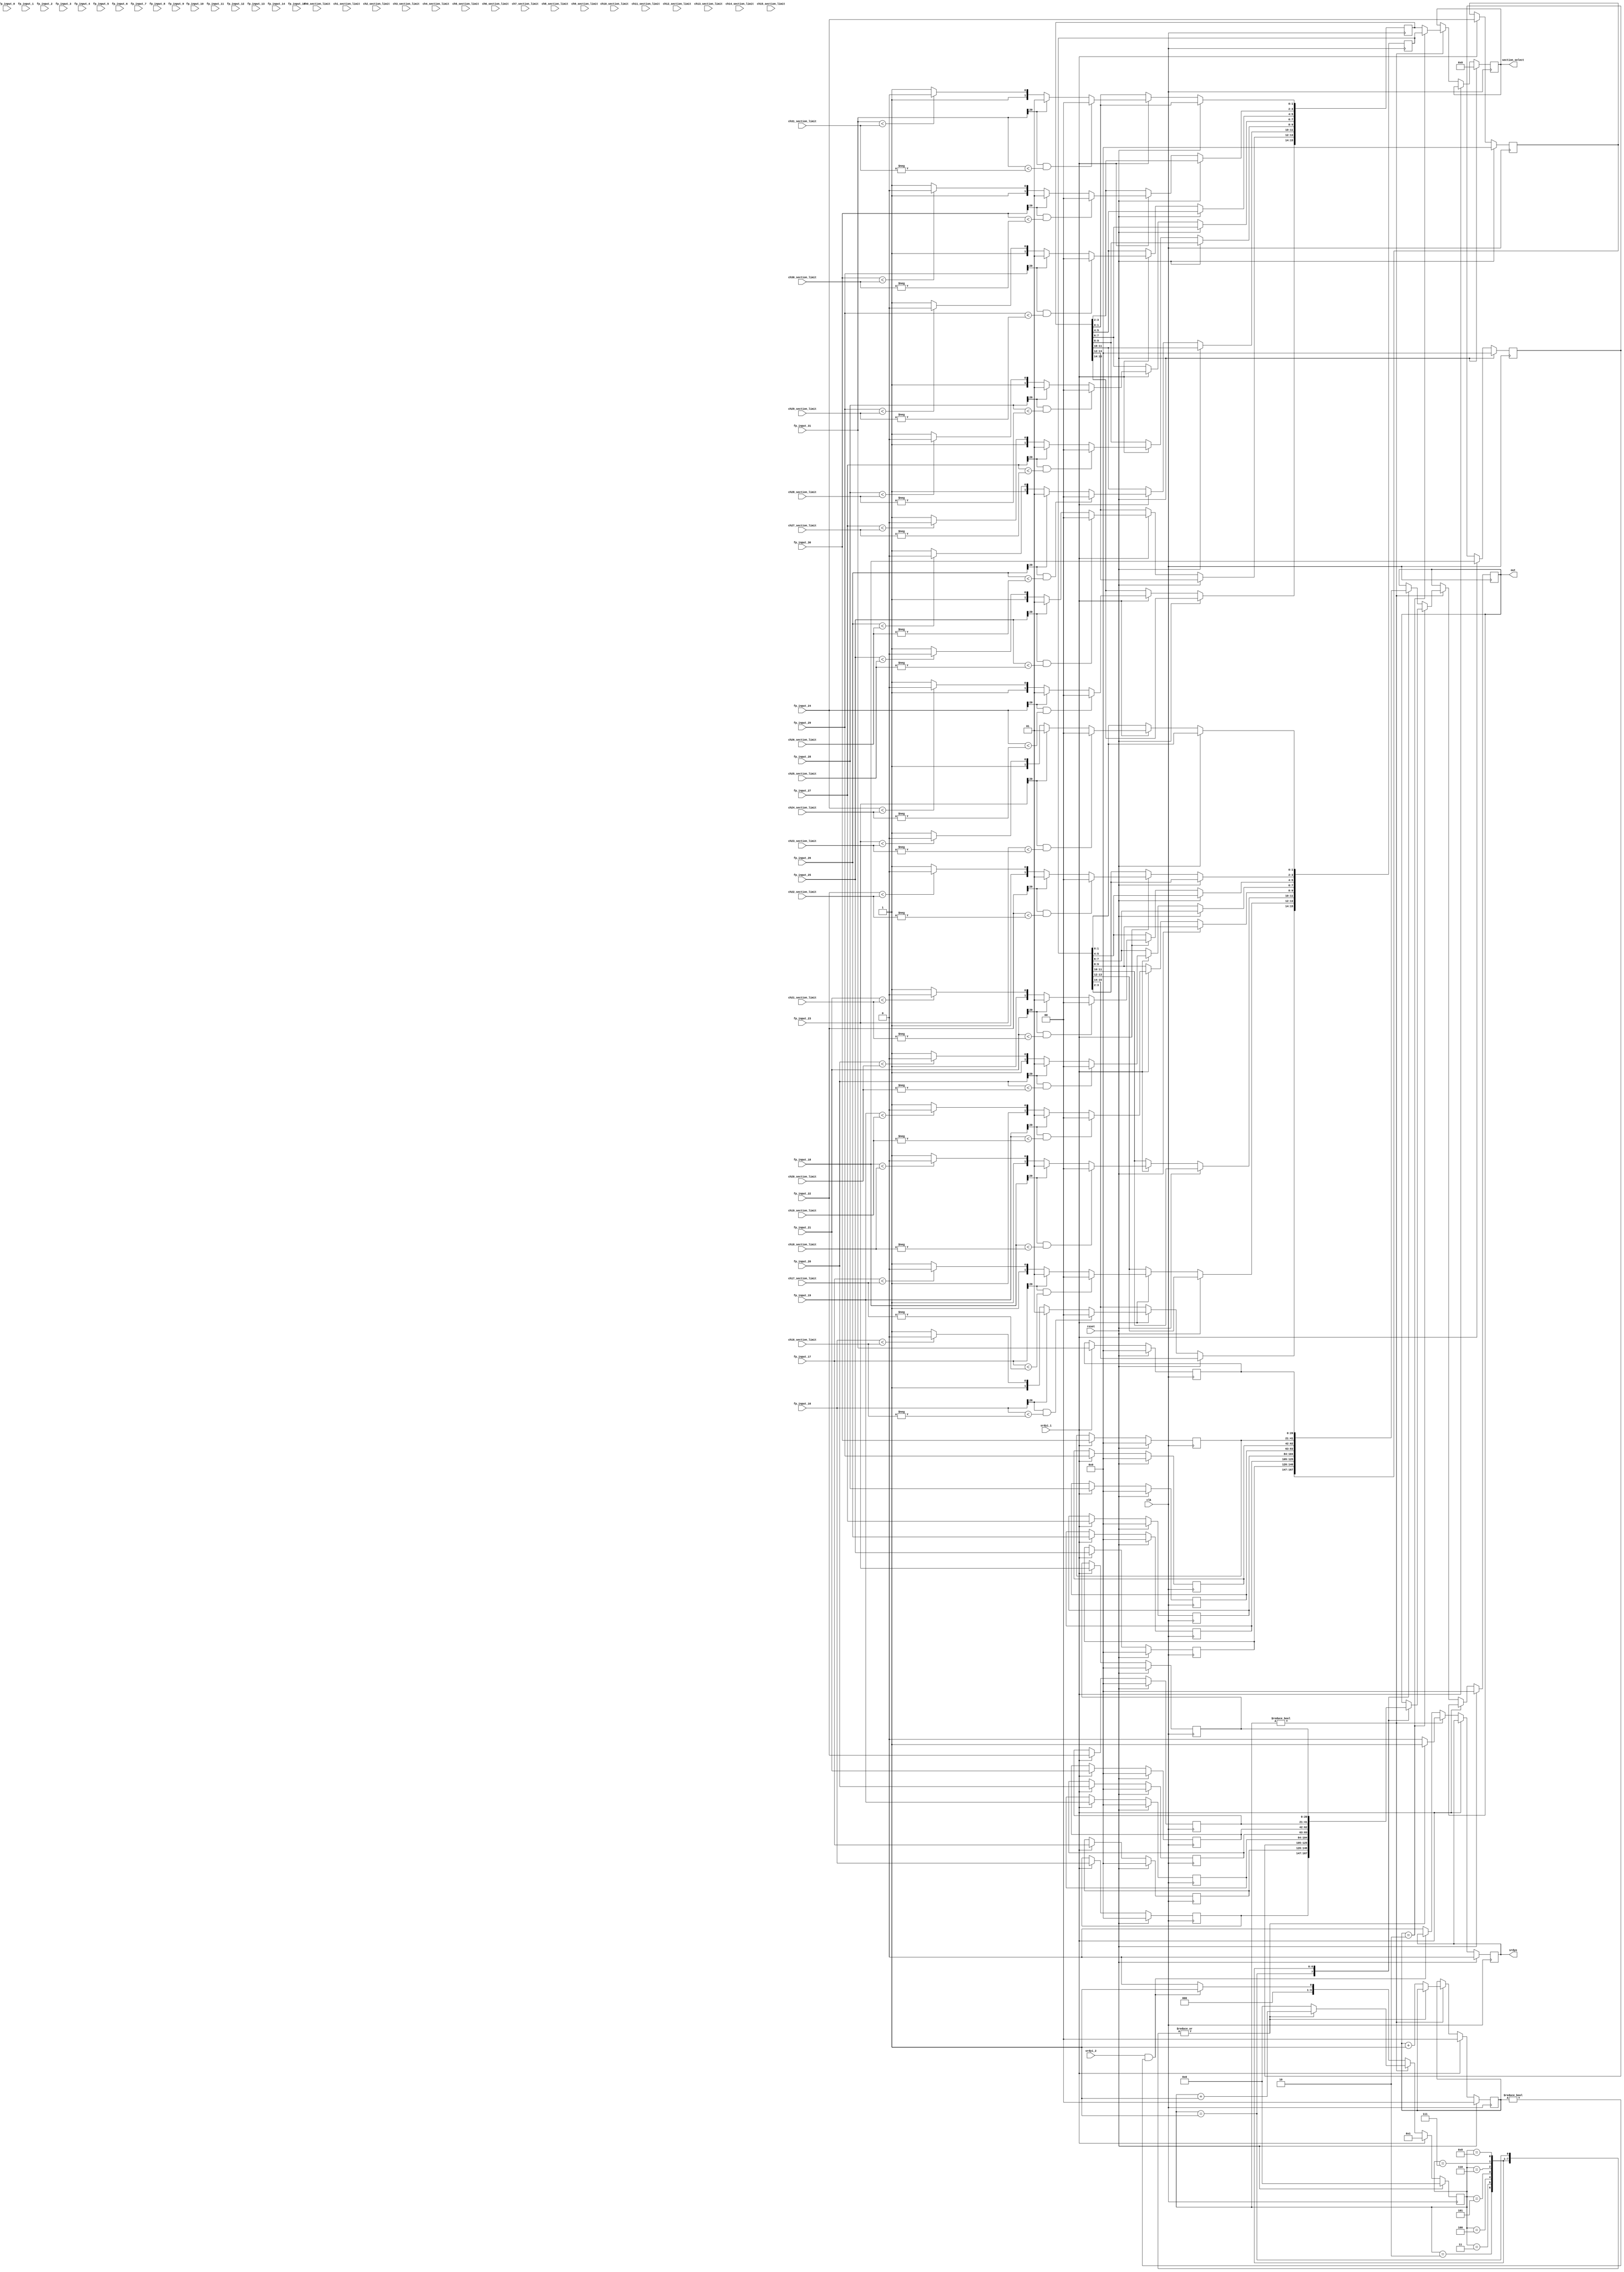
//Buffer 32 inputs, then output them for 32 channels

module buffer_inputs (
  input clk,
  input reset,
  input srdyi_1,
  input srdyi_2,
  input [20:0] fp_input_0,
  input [20:0] fp_input_1,
  input [20:0] fp_input_2,
  input [20:0] fp_input_3,
  input [20:0] fp_input_4,
  input [20:0] fp_input_5,
  input [20:0] fp_input_6,
  input [20:0] fp_input_7,
  input [20:0] fp_input_8,
  input [20:0] fp_input_9,
  input [20:0] fp_input_10,
  input [20:0] fp_input_11,
  input [20:0] fp_input_12,
  input [20:0] fp_input_13,
  input [20:0] fp_input_14,
  input [20:0] fp_input_15,
  input [20:0] fp_input_16,
  input [20:0] fp_input_17,
  input [20:0] fp_input_18,
  input [20:0] fp_input_19,
  input [20:0] fp_input_20,
  input [20:0] fp_input_21,
  input [20:0] fp_input_22,
  input [20:0] fp_input_23,
  input [20:0] fp_input_24,
  input [20:0] fp_input_25,
  input [20:0] fp_input_26,
  input [20:0] fp_input_27,
  input [20:0] fp_input_28,
  input [20:0] fp_input_29,
  input [20:0] fp_input_30,
  input [20:0] fp_input_31,
  input[19:0] ch0_section_limit,
  input[19:0] ch1_section_limit,
  input[19:0] ch2_section_limit,
  input[19:0] ch3_section_limit,
  input[19:0] ch4_section_limit,
  input[19:0] ch5_section_limit,
  input[19:0] ch6_section_limit,
  input[19:0] ch7_section_limit,
  input[19:0] ch8_section_limit,
  input[19:0] ch9_section_limit,
  input[19:0] ch10_section_limit,
  input[19:0] ch11_section_limit,
  input[19:0] ch12_section_limit,
  input[19:0] ch13_section_limit,
  input[19:0] ch14_section_limit,
  input[19:0] ch15_section_limit,
  input[19:0] ch16_section_limit,
  input[19:0] ch17_section_limit,
  input[19:0] ch18_section_limit,
  input[19:0] ch19_section_limit,
  input[19:0] ch20_section_limit,
  input[19:0] ch21_section_limit,
  input[19:0] ch22_section_limit,
  input[19:0] ch23_section_limit,
  input[19:0] ch24_section_limit,
  input[19:0] ch25_section_limit,
  input[19:0] ch26_section_limit,
  input[19:0] ch27_section_limit,
  input[19:0] ch28_section_limit,
  input[19:0] ch29_section_limit,
  input[19:0] ch30_section_limit,
  input[19:0] ch31_section_limit,  

  output reg [15:0] section_select,
//  input [19:0] section_limit, // ufix20
  output reg [20:0] out,
  output reg srdyo
);

//Totally 32 number, and output 8 one time;
reg [3:0] counter_1;
reg [1:0] counter_2;
//Store 32 channels input
reg [20:0] r[0:31];
reg [15:0] section_select_1;
reg [15:0] section_select_2;
reg [15:0] section_select_3;
reg [15:0] section_select_4;

//srdyi_1 == 1: Get the 32 channels input;

always@(posedge clk) begin
  if(reset == 1) begin
    r[0] <= 0;
    r[1] <= 0;
    r[2] <= 0;
    r[3] <= 0;
    r[4] <= 0;
    r[5] <= 0;
    r[6] <= 0;
    r[7] <= 0;
    r[8] <= 0;
    r[9] <= 0;
    r[10] <= 0;
    r[11] <= 0;
    r[12] <= 0;
    r[13] <= 0;
    r[14] <= 0;
    r[15] <= 0;
    r[16] <= 0;
    r[17] <= 0;
    r[18] <= 0;
    r[19] <= 0;
    r[20] <= 0;
    r[21] <= 0;
    r[22] <= 0;
    r[23] <= 0;
    r[24] <= 0;
    r[25] <= 0;
    r[26] <= 0;
    r[27] <= 0;
    r[28] <= 0;
    r[29] <= 0;
    r[30] <= 0;
    r[31] <= 0;
	counter_1 <= 0;
	counter_2 <= 0;
	section_select <= 0;
	srdyo <= 0;
	out <= 0;
  end
  else if(srdyi_1 == 1) begin
    counter_1 <= 1;
	counter_2 <= 0;
    r[0] <= fp_input_0;
    r[1] <= fp_input_1;
    r[2] <= fp_input_2;
    r[3] <= fp_input_3;
    r[4] <= fp_input_4;
    r[5] <= fp_input_5;
    r[6] <= fp_input_6;
    r[7] <= fp_input_7;
    r[8] <= fp_input_8;
    r[9] <= fp_input_9;
    r[10] <= fp_input_10;
    r[11] <= fp_input_11;
    r[12] <= fp_input_12;
    r[13] <= fp_input_13;
    r[14] <= fp_input_14;
    r[15] <= fp_input_15;
    r[16] <= fp_input_16;
    r[17] <= fp_input_17;
    r[18] <= fp_input_18;
    r[19] <= fp_input_19;
    r[20] <= fp_input_20;
    r[21] <= fp_input_21;
    r[22] <= fp_input_22;
    r[23] <= fp_input_23;
    r[24] <= fp_input_24;
    r[25] <= fp_input_25;
    r[26] <= fp_input_26;
    r[27] <= fp_input_27;
    r[28] <= fp_input_28;
    r[29] <= fp_input_29;
    r[30] <= fp_input_30;
    r[31] <= fp_input_31;   


// section_select - 0-7
if (fp_input_0[20] ==1 && fp_input_0 < -ch0_section_limit) 
    begin  section_select_1[15:14] <= 2'b00;
	end
else if(fp_input_0[20] ==1)
     begin section_select_1[15:14] <= 2'b01;
	 end
else if(fp_input_0 < ch0_section_limit)
     begin section_select_1[15:14] <= 2'b10;
	 end	 
else begin section_select_1[15:14] <= 2'b11;
     end 
	 	 
if (fp_input_1[20] ==1 && fp_input_1 < -ch1_section_limit) 
    begin  section_select_1[13:12] <= 2'b00;
	end
else if(fp_input_1[20] ==1)
     begin section_select_1[13:12] <= 2'b01;
	 end
else if(fp_input_1 < ch1_section_limit)
     begin section_select_1[13:12] <= 2'b10;
	 end	 
else begin section_select_1[13:12] <= 2'b11;
     end 
	 
	 
if (fp_input_2[20] ==1 && fp_input_2 < -ch2_section_limit) 
    begin  section_select_1[11:10] <= 2'b00;
	end
else if(fp_input_2[20] ==1)
     begin section_select_1[11:10] <= 2'b01;
	 end
else if(fp_input_2 < ch2_section_limit)
     begin section_select_1[11:10] <= 2'b10;
	 end	 
else begin section_select_1[11:10] <= 2'b11;
     end 
	 
	 	 	 
if (fp_input_3[20] ==1 && fp_input_3 < -ch3_section_limit) 
    begin  section_select_1[9:8] <= 2'b00;
	end
else if(fp_input_3[20] ==1)
     begin section_select_1[9:8] <= 2'b01;
	 end
else if(fp_input_3 < ch3_section_limit)
     begin section_select_1[9:8] <= 2'b10;
	 end	 
else begin section_select_1[9:8] <= 2'b11;
     end 
	 
	 
if (fp_input_4[20] ==1 && fp_input_4 < -ch4_section_limit) 
    begin  section_select_1[7:6] <= 2'b00;
	end
else if(fp_input_4[20] ==1)
     begin section_select_1[7:6] <= 2'b01;
	 end
else if(fp_input_4 < ch4_section_limit)
     begin section_select_1[7:6] <= 2'b10;
	 end	 
else begin section_select_1[7:6] <= 2'b11;
     end 	 
	 
if (fp_input_5[20] ==1 && fp_input_5 < -ch5_section_limit) 
    begin  section_select_1[5:4] <= 2'b00;
	end
else if(fp_input_5[20] ==1)
     begin section_select_1[5:4] <= 2'b01;
	 end
else if(fp_input_5 < ch5_section_limit)
     begin section_select_1[5:4] <= 2'b10;
	 end	 
else begin section_select_1[5:4] <= 2'b11;
     end 		 
	

	 
if (fp_input_6[20] ==1 && fp_input_6 < -ch6_section_limit) 
    begin  section_select_1[3:2] <= 2'b00;
	end
else if(fp_input_6[20] ==1)
     begin section_select_1[3:2] <= 2'b01;
	 end
else if(fp_input_6 < ch6_section_limit)
     begin section_select_1[3:2] <= 2'b10;
	 end	 
else begin section_select_1[3:2] <= 2'b11;
     end

	 


if (fp_input_7[20] ==1 && fp_input_7 < -ch7_section_limit) 
    begin  section_select_1[1:0] <= 2'b00;
	end
else if(fp_input_7[20] ==1)
     begin section_select_1[1:0] <= 2'b01;
	 end
else if(fp_input_7 < ch7_section_limit)
     begin section_select_1[1:0] <= 2'b10;
	 end	 
else begin section_select_1[1:0] <= 2'b11;
     end


// section_select - 8-15
if (fp_input_8[20] ==1 && fp_input_8 < -ch8_section_limit) 
    begin  section_select_2[15:14] <= 2'b00;
	end
else if(fp_input_8[20] ==1)
     begin section_select_2[15:14] <= 2'b01;
	 end
else if(fp_input_8 < ch8_section_limit)
     begin section_select_2[15:14] <= 2'b10;
	 end	 
else begin section_select_2[15:14] <= 2'b11;
     end

if (fp_input_9[20] ==1 && fp_input_9 < -ch9_section_limit) 
    begin  section_select_2[13:12] <= 2'b00;
	end
else if(fp_input_9[20] ==1)
     begin section_select_2[13:12] <= 2'b01;
	 end
else if(fp_input_9 < ch9_section_limit)
     begin section_select_2[13:12] <= 2'b10;
	 end	 
else begin section_select_2[13:12] <= 2'b11;
     end


if (fp_input_10[20] ==1 && fp_input_10 < -ch10_section_limit) 
    begin  section_select_2[11:10] <= 2'b00;
	end
else if(fp_input_10[20] ==1)
     begin section_select_2[11:10] <= 2'b01;
	 end
else if(fp_input_10 < ch10_section_limit)
     begin section_select_2[11:10] <= 2'b10;
	 end	 
else begin section_select_2[11:10] <= 2'b11;
     end

if (fp_input_11[20] ==1 && fp_input_11 < -ch11_section_limit) 
    begin  section_select_2[9:8] <= 2'b00;
	end
else if(fp_input_11[20] ==1)
     begin section_select_2[9:8] <= 2'b01;
	 end
else if(fp_input_11 < ch11_section_limit)
     begin section_select_2[9:8] <= 2'b10;
	 end	 
else begin section_select_2[9:8] <= 2'b11;
     end

if (fp_input_12[20] ==1 && fp_input_12 < -ch12_section_limit) 
    begin  section_select_2[7:6] <= 2'b00;
	end
else if(fp_input_12[20] ==1)
     begin section_select_2[7:6] <= 2'b01;
	 end
else if(fp_input_12 < ch12_section_limit)
     begin section_select_2[7:6] <= 2'b10;
	 end	 
else begin section_select_2[7:6] <= 2'b11;
     end

if (fp_input_13[20] ==1 && fp_input_13 < -ch13_section_limit) 
    begin  section_select_2[5:4] <= 2'b00;
	end
else if(fp_input_13[20] ==1)
     begin section_select_2[5:4] <= 2'b01;
	 end
else if(fp_input_13 < ch13_section_limit)
     begin section_select_2[5:4] <= 2'b10;
	 end	 
else begin section_select_2[5:4] <= 2'b11;
     end

if (fp_input_14[20] ==1 && fp_input_14 < -ch14_section_limit) 
    begin  section_select_2[3:2] <= 2'b00;
	end
else if(fp_input_14[20] ==1)
     begin section_select_2[3:2] <= 2'b01;
	 end
else if(fp_input_14 < ch14_section_limit)
     begin section_select_2[3:2] <= 2'b10;
	 end	 
else begin section_select_2[3:2] <= 2'b11;
     end

if (fp_input_15[20] ==1 && fp_input_15 < -ch15_section_limit) 
    begin  section_select_2[1:0] <= 2'b00;
	end
else if(fp_input_15[20] ==1)
     begin section_select_2[1:0] <= 2'b01;
	 end
else if(fp_input_15 < ch15_section_limit)
     begin section_select_2[1:0] <= 2'b10;
	 end	 
else begin section_select_2[1:0] <= 2'b11;
     end

	 
	 
// section_select - 16-23	 
if (fp_input_16[20] ==1 && fp_input_16 < -ch16_section_limit) 
    begin  section_select_3[15:14] <= 2'b00;
	end
else if(fp_input_16[20] ==1)
     begin section_select_3[15:14] <= 2'b01;
	 end
else if(fp_input_16 < ch16_section_limit)
     begin section_select_3[15:14] <= 2'b10;
	 end	 
else begin section_select_3[15:14] <= 2'b11;
     end

if (fp_input_17[20] ==1 && fp_input_17 < -ch17_section_limit) 
    begin  section_select_3[13:12] <= 2'b00;
	end
else if(fp_input_17[20] ==1)
     begin section_select_3[13:12] <= 2'b01;
	 end
else if(fp_input_17 < ch17_section_limit)
     begin section_select_3[13:12] <= 2'b10;
	 end	 
else begin section_select_3[13:12] <= 2'b11;
     end

if (fp_input_18[20] ==1 && fp_input_18 < -ch18_section_limit) 
    begin  section_select_3[11:10] <= 2'b00;
	end
else if(fp_input_18[20] ==1)
     begin section_select_3[11:10] <= 2'b01;
	 end
else if(fp_input_18 < ch18_section_limit)
     begin section_select_3[11:10] <= 2'b10;
	 end	 
else begin section_select_3[11:10] <= 2'b11;
     end

if (fp_input_19[20] ==1 && fp_input_19 < -ch19_section_limit) 
    begin  section_select_3[9:8] <= 2'b00;
	end
else if(fp_input_19[20] ==1)
     begin section_select_3[9:8] <= 2'b01;
	 end
else if(fp_input_19 < ch19_section_limit)
     begin section_select_3[9:8] <= 2'b10;
	 end	 
else begin section_select_3[9:8] <= 2'b11;
     end


if (fp_input_20[20] ==1 && fp_input_20 < -ch20_section_limit) 
    begin  section_select_3[7:6] <= 2'b00;
	end
else if(fp_input_20[20] ==1)
     begin section_select_3[7:6] <= 2'b01;
	 end
else if(fp_input_20 < ch20_section_limit)
     begin section_select_3[7:6] <= 2'b10;
	 end	 
else begin section_select_3[7:6] <= 2'b11;
     end

	 
if (fp_input_21[20] ==1 && fp_input_21 < -ch21_section_limit) 
    begin  section_select_3[5:4] <= 2'b00;
	end
else if(fp_input_21[20] ==1)
     begin section_select_3[5:4] <= 2'b01;
	 end
else if(fp_input_21 < ch21_section_limit)
     begin section_select_3[5:4] <= 2'b10;
	 end	 
else begin section_select_3[5:4] <= 2'b11;
     end
	 
	 
if (fp_input_22[20] ==1 && fp_input_22 < -ch22_section_limit) 
    begin  section_select_3[3:2] <= 2'b00;
	end
else if(fp_input_22[20] ==1)
     begin section_select_3[3:2] <= 2'b01;
	 end
else if(fp_input_22 < ch22_section_limit)
     begin section_select_3[3:2] <= 2'b10;
	 end	 
else begin section_select_3[3:2] <= 2'b11;
     end

if (fp_input_23[20] ==1 && fp_input_23 < -ch23_section_limit) 
    begin  section_select_3[1:0] <= 2'b00;
	end
else if(fp_input_23[20] ==1)
     begin section_select_3[1:0] <= 2'b01;
	 end
else if(fp_input_23 < ch23_section_limit)
     begin section_select_3[1:0] <= 2'b10;
	 end	 
else begin section_select_3[1:0] <= 2'b11;
     end


// section_select - 24-31	 	 
if (fp_input_24[20] ==1 && fp_input_24 < -ch24_section_limit) 
    begin  section_select_4[15:14] <= 2'b00;
	end
else if(fp_input_24[20] ==1)
     begin section_select_4[15:14] <= 2'b01;
	 end
else if(fp_input_24 < ch24_section_limit)
     begin section_select_4[15:14] <= 2'b10;
	 end	 
else begin section_select_4[15:14] <= 2'b11;
     end	 

if (fp_input_25[20] ==1 && fp_input_25 < -ch25_section_limit) 
    begin  section_select_4[13:12] <= 2'b00;
	end
else if(fp_input_25[20] ==1)
     begin section_select_4[13:12] <= 2'b01;
	 end
else if(fp_input_25 < ch25_section_limit)
     begin section_select_4[13:12] <= 2'b10;
	 end	 
else begin section_select_4[13:12] <= 2'b11;
     end
	 
	 
if (fp_input_26[20] ==1 && fp_input_26 < -ch26_section_limit) 
    begin  section_select_4[11:10] <= 2'b00;
	end
else if(fp_input_26[20] ==1)
     begin section_select_4[11:10] <= 2'b01;
	 end
else if(fp_input_26 < ch26_section_limit)
     begin section_select_4[11:10] <= 2'b10;
	 end	 
else begin section_select_4[11:10] <= 2'b11;
     end	 
	 
if (fp_input_27[20] ==1 && fp_input_27 < -ch27_section_limit) 
    begin  section_select_4[9:8] <= 2'b00;
	end
else if(fp_input_27[20] ==1)
     begin section_select_4[9:8] <= 2'b01;
	 end
else if(fp_input_27 < ch27_section_limit)
     begin section_select_4[9:8] <= 2'b10;
	 end	 
else begin section_select_4[9:8] <= 2'b11;
     end

if (fp_input_28[20] ==1 && fp_input_28 < -ch28_section_limit) 
    begin  section_select_4[7:6] <= 2'b00;
	end
else if(fp_input_28[20] ==1)
     begin section_select_4[7:6] <= 2'b01;
	 end
else if(fp_input_28 < ch28_section_limit)
     begin section_select_4[7:6] <= 2'b10;
	 end	 
else begin section_select_4[7:6] <= 2'b11;
     end

if (fp_input_29[20] ==1 && fp_input_29 < -ch29_section_limit) 
    begin  section_select_4[5:4] <= 2'b00;
	end
else if(fp_input_29[20] ==1)
     begin section_select_4[5:4] <= 2'b01;
	 end
else if(fp_input_29 < ch29_section_limit)
     begin section_select_4[5:4] <= 2'b10;
	 end	 
else begin section_select_4[5:4] <= 2'b11;
     end	 
	 
	 
if (fp_input_30[20] ==1 && fp_input_30 < -ch30_section_limit) 
    begin  section_select_4[3:2] <= 2'b00;
	end
else if(fp_input_30[20] ==1)
     begin section_select_4[3:2] <= 2'b01;
	 end
else if(fp_input_30 < ch30_section_limit)
     begin section_select_4[3:2] <= 2'b10;
	 end	 
else begin section_select_4[3:2] <= 2'b11;
     end	 
	 
if (fp_input_31[20] ==1 && fp_input_31 < -ch31_section_limit) 
    begin  section_select_4[1:0] <= 2'b00;
	end
else if(fp_input_31[20] ==1)
     begin section_select_4[1:0] <= 2'b01;
	 end
else if(fp_input_31 < ch31_section_limit)
     begin section_select_4[1:0] <= 2'b10;
	 end	 
else begin section_select_4[1:0] <= 2'b11;
     end	 
	
  end 
  
  else if(counter_1 != 0) begin
	if(counter_2 == 2'b00) begin
	  section_select <= section_select_1;	
      case(counter_1)
        1: begin
		     out <= r[0];
			 counter_1 <= counter_1 + 1;
			 srdyo <= 1;
		   end
        2: begin
		     out <= r[1];
			 counter_1 <= counter_1 + 1;
			 srdyo <= 1;
		   end
        3: begin
		     out <= r[2];
			 counter_1 <= counter_1 + 1;
			 srdyo <= 1;
		   end
        4: begin
		     out <= r[3];
			 counter_1 <= counter_1 + 1;
			 srdyo <= 1;
		   end
        5: begin
		     out <= r[4];
			 counter_1 <= counter_1 + 1;
			 srdyo <= 1;
		   end
        6: begin
		     out <= r[5];
			 counter_1 <= counter_1 + 1;
			 srdyo <= 1;
		   end
        7: begin
		     out <= r[6];
			 counter_1 <= counter_1 + 1;
			 srdyo <= 1;
		   end
        8: begin
		     out <= r[7];
			 counter_1 <= counter_1 + 1;
			 srdyo <= 1;
		   end
		default: begin
		           counter_1 <= 0;
				   srdyo <= 0;
				   counter_2 <= counter_2 + 1;
				 end
	  endcase	  
	end
	if(counter_2 == 2'b01) begin
	  section_select <= section_select_2;
      case(counter_1)
        1: begin
		     out <= r[8];
			 counter_1 <= counter_1 + 1;
			 srdyo <= 1;
		   end
        2: begin
		     out <= r[9];
			 counter_1 <= counter_1 + 1;
			 srdyo <= 1;
		   end
        3: begin
		     out <= r[10];
			 counter_1 <= counter_1 + 1;
			 srdyo <= 1;
		   end
        4: begin
		     out <= r[11];
			 counter_1 <= counter_1 + 1;
			 srdyo <= 1;
		   end
        5: begin
		     out <= r[12];
			 counter_1 <= counter_1 + 1;
			 srdyo <= 1;
		   end
        6: begin
		     out <= r[13];
			 counter_1 <= counter_1 + 1;
			 srdyo <= 1;
		   end
        7: begin
		     out <= r[14];
			 counter_1 <= counter_1 + 1;
			 srdyo <= 1;
		   end
        8: begin
		     out <= r[15];
			 counter_1 <= counter_1 + 1;
			 srdyo <= 1;
		   end
		default: begin
		           counter_1 <= 0;
				   srdyo <= 0;
				   counter_2 <= counter_2 + 1;
				 end
	  endcase	  
	end
	if(counter_2 == 2'b10) begin
	  section_select <= section_select_3;	
      case(counter_1)
        1: begin
		     out <= r[16];
			 counter_1 <= counter_1 + 1;
			 srdyo <= 1;
		   end
        2: begin
		     out <= r[17];
			 counter_1 <= counter_1 + 1;
			 srdyo <= 1;
		   end
        3: begin
		     out <= r[18];
			 counter_1 <= counter_1 + 1;
			 srdyo <= 1;
		   end
        4: begin
		     out <= r[19];
			 counter_1 <= counter_1 + 1;
			 srdyo <= 1;
		   end
        5: begin
		     out <= r[20];
			 counter_1 <= counter_1 + 1;
			 srdyo <= 1;
		   end
        6: begin
		     out <= r[21];
			 counter_1 <= counter_1 + 1;
			 srdyo <= 1;
		   end
        7: begin
		     out <= r[22];
			 counter_1 <= counter_1 + 1;
			 srdyo <= 1;
		   end
        8: begin
		     out <= r[23];
			 counter_1 <= counter_1 + 1;
			 srdyo <= 1;
		   end
		default: begin
		           counter_1 <= 0;
				   srdyo <= 0;
				   counter_2 <= counter_2 + 1;
				 end
	  endcase	  
	end
	else begin
	  section_select <= section_select_4;	
      case(counter_1)
        1: begin
		     out <= r[24];
			 counter_1 <= counter_1 + 1;
			 srdyo <= 1;
		   end
        2: begin
		     out <= r[25];
			 counter_1 <= counter_1 + 1;
			 srdyo <= 1;
		   end
        3: begin
		     out <= r[26];
			 counter_1 <= counter_1 + 1;
			 srdyo <= 1;
		   end
        4: begin
		     out <= r[27];
			 counter_1 <= counter_1 + 1;
			 srdyo <= 1;
		   end
        5: begin
		     out <= r[28];
			 counter_1 <= counter_1 + 1;
			 srdyo <= 1;
		   end
        6: begin
		     out <= r[29];
			 counter_1 <= counter_1 + 1;
			 srdyo <= 1;
		   end
        7: begin
		     out <= r[30];
			 counter_1 <= counter_1 + 1;
			 srdyo <= 1;
		   end
        8: begin
		     out <= r[31];
			 counter_1 <= counter_1 + 1;
			 srdyo <= 1;
		   end
		default: begin
		           counter_1 <= 0;
				   srdyo <= 0;
				   counter_2 <= counter_2 + 1;
				 end
	
	  endcase	  
	end
	
  end

  else if(srdyi_2 == 1 && counter_2 != 2'b00) begin
    counter_1 <= 1;
  end  
  
  else begin
    srdyo <= 0;
	counter_1 <= 0;
  end
end


endmodule